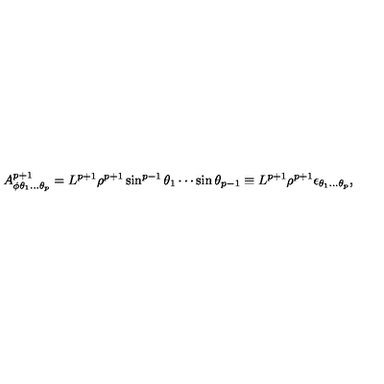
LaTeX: A _ { \phi \theta _ { 1 } . . . \theta _ { p } } ^ { p + 1 } = L ^ { p + 1 } \rho ^ { p + 1 } \sin ^ { p - 1 } \theta _ { 1 } \cdots \sin \theta _ { p - 1 } \equiv L ^ { p + 1 } \rho ^ { p + 1 } \epsilon _ { \theta _ { 1 } . . . \theta _ { p } } ,